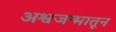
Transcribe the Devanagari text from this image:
अश्वजन्मातून